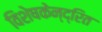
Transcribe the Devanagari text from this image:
विशेषकेन्द्रित